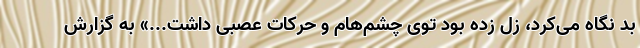
بد نگاه می‌کرد، زل زده بود توی چشم‌هام و حرکات عصبی داشت...» به گزارش